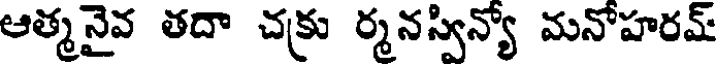
ఆత్మనైవ తదా చక్రు ర్మనస్విన్యో మనోహరమ్